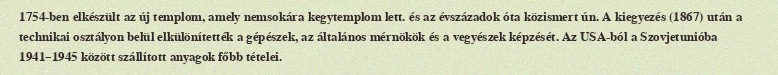
1754-ben elkészült az új templom, amely nemsokára kegytemplom lett. és az évszázadok óta közismert ún. A kiegyezés (1867) után a technikai osztályon belül elkülönítették a gépészek, az általános mérnökök és a vegyészek képzését. Az USA-ból a Szovjetunióba 1941–1945 között szállított anyagok főbb tételei.